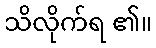
သိလိုက်ရ ၏။